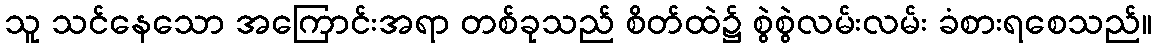
သူ သင်နေသော အကြောင်းအရာ တစ်ခုသည် စိတ်ထဲ၌ စွဲစွဲလမ်းလမ်း ခံစားရစေသည်။